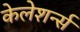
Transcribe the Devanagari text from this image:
केलेशर्न्स